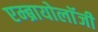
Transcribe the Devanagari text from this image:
एम्ब्रायोलाॅजी